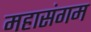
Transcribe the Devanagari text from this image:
महासंगम